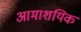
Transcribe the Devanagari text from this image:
आमाशयिक